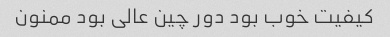
کیفیت خوب بود دور چین عالی بود ممنون